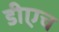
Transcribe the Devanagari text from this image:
डीएच